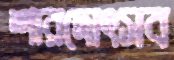
শারদোৎসব